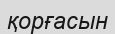
қорғасын